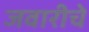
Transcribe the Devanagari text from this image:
जवारीचे